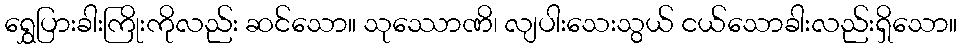
ရွှေပြားခါးကြိုးကိုလည်း ဆင်သော။ သုဿောဏိ၊ လျပါးသေးသွယ် ငယ်သောခါးလည်းရှိသော။